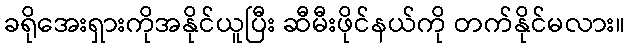
ခရိုအေးရှားကိုအနိုင်ယူပြီး ဆီမီးဖိုင်နယ်ကို တက်နိုင်မလား။